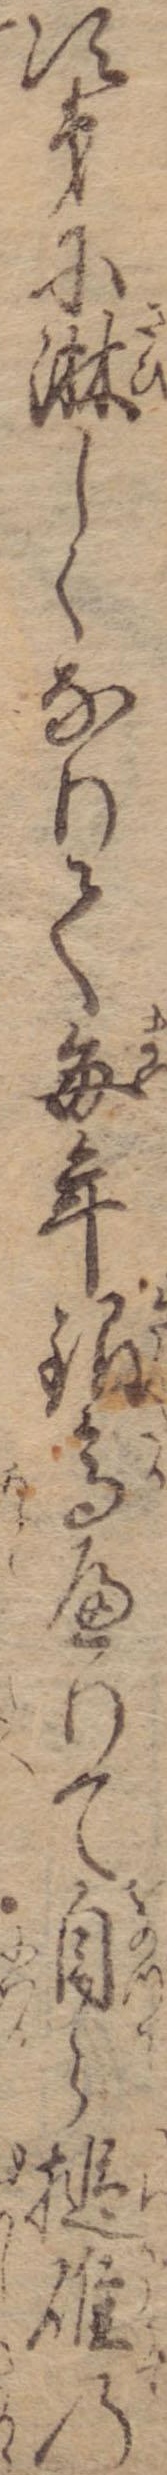
次第に淋しくなりて毎年銀高へりて自ら槌碓の